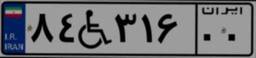
۸۴W۳۱۶۰۰